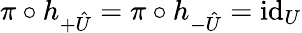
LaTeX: \pi\circ h_{+\hat{U}}=\pi\circ h_{-\hat{U}}=\mathrm{id}_{U}